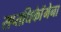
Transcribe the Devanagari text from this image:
सप्तधिकाॅेमेना